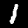
Label: 1